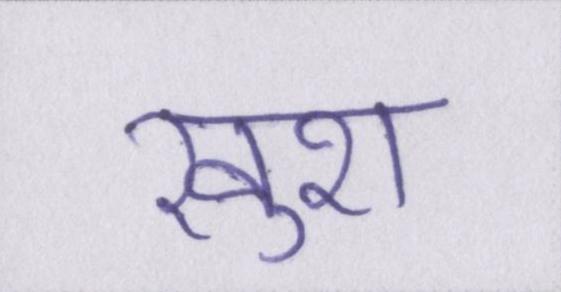
खुश